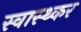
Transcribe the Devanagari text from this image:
स्वास्थ्कर